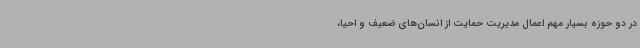
در دو حوزه بسیار مهم اعمال مدیریت حمایت از انسان‌های ضعیف و احیا،